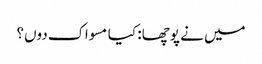
میں نے پوچھا: کیا مسواک دوں؟